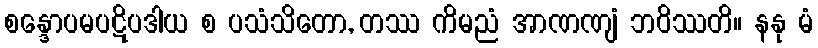
စန္ဒောပမပဋိပဒါယ စ ပသံသိတော, တဿ ကိမညံ အာဏဏျံ ဘဝိဿတိ။ နနု မံ